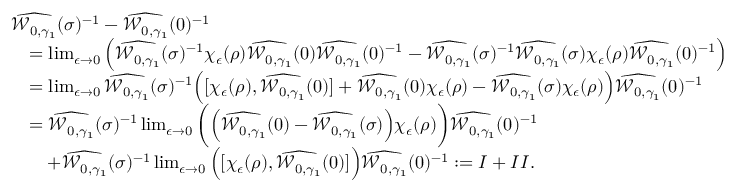
\begin{array} { r l } & { \widehat { \mathcal { W } _ { 0 , \gamma _ { 1 } } } ( \sigma ) ^ { - 1 } - \widehat { \mathcal { W } _ { 0 , \gamma _ { 1 } } } ( 0 ) ^ { - 1 } } \\ & { \quad = \operatorname* { l i m } _ { \epsilon \to 0 } \Big ( \widehat { \mathcal { W } _ { 0 , \gamma _ { 1 } } } ( \sigma ) ^ { - 1 } \chi _ { \epsilon } ( \rho ) \widehat { \mathcal { W } _ { 0 , \gamma _ { 1 } } } ( 0 ) \widehat { \mathcal { W } _ { 0 , \gamma _ { 1 } } } ( 0 ) ^ { - 1 } - \widehat { \mathcal { W } _ { 0 , \gamma _ { 1 } } } ( \sigma ) ^ { - 1 } \widehat { \mathcal { W } _ { 0 , \gamma _ { 1 } } } ( \sigma ) \chi _ { \epsilon } ( \rho ) \widehat { \mathcal { W } _ { 0 , \gamma _ { 1 } } } ( 0 ) ^ { - 1 } \Big ) } \\ & { \quad = \operatorname* { l i m } _ { \epsilon \to 0 } \widehat { \mathcal { W } _ { 0 , \gamma _ { 1 } } } ( \sigma ) ^ { - 1 } \Big ( [ \chi _ { \epsilon } ( \rho ) , \widehat { \mathcal { W } _ { 0 , \gamma _ { 1 } } } ( 0 ) ] + \widehat { \mathcal { W } _ { 0 , \gamma _ { 1 } } } ( 0 ) \chi _ { \epsilon } ( \rho ) - \widehat { \mathcal { W } _ { 0 , \gamma _ { 1 } } } ( \sigma ) \chi _ { \epsilon } ( \rho ) \Big ) \widehat { \mathcal { W } _ { 0 , \gamma _ { 1 } } } ( 0 ) ^ { - 1 } } \\ & { \quad = \widehat { \mathcal { W } _ { 0 , \gamma _ { 1 } } } ( \sigma ) ^ { - 1 } \operatorname* { l i m } _ { \epsilon \to 0 } \bigg ( \Big ( \widehat { \mathcal { W } _ { 0 , \gamma _ { 1 } } } ( 0 ) - \widehat { \mathcal { W } _ { 0 , \gamma _ { 1 } } } ( \sigma ) \Big ) \chi _ { \epsilon } ( \rho ) \bigg ) \widehat { \mathcal { W } _ { 0 , \gamma _ { 1 } } } ( 0 ) ^ { - 1 } } \\ & { \quad \quad + \widehat { \mathcal { W } _ { 0 , \gamma _ { 1 } } } ( \sigma ) ^ { - 1 } \operatorname* { l i m } _ { \epsilon \to 0 } \Big ( [ \chi _ { \epsilon } ( \rho ) , \widehat { \mathcal { W } _ { 0 , \gamma _ { 1 } } } ( 0 ) ] \Big ) \widehat { \mathcal { W } _ { 0 , \gamma _ { 1 } } } ( 0 ) ^ { - 1 } : = \MakeUppercase { \romannumeral 1 } + \MakeUppercase { \romannumeral 2 } . } \end{array}